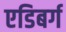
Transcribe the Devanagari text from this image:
एडिबर्ग